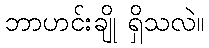
ဘာဟင်းချို ရှိသလဲ။